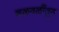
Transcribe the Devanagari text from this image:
चळवळींतून